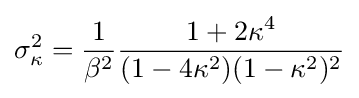
\sigma _{\kappa }^{2}={\frac {1}{\beta ^{2}}}{\frac {1+2\kappa ^{4}}{(1-4\kappa ^{2})(1-\kappa ^{2})^{2}}}